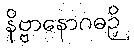
နိဗ္ဗာနောဂဓဉှိ